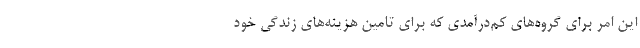
این امر برای گروه‌های کم‌درآمدی که برای تامین هزینه‌های زندگی خود